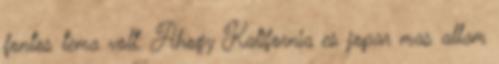
fontos tema volt. Ahogy Kalifornia es jopar mas allam